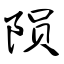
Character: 陨